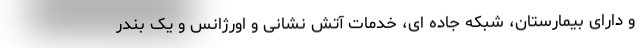
و دارای بیمارستان، شبکه جاده ای، خدمات آتش نشانی و اورژانس و یک بندر